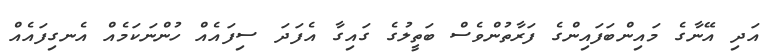
އަދި އޭނާގެ މައިންބަފައިންގެ ފަރާތުންވެސް ބަތީލުގެ ގައިގާ އެފަދަ ސިފައެއް ހުންނަކަމެއް އެނގިފައެއް